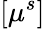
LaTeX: [\mu^{s}]